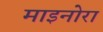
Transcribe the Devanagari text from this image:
माइनोरा